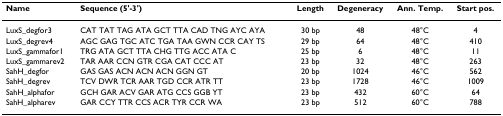
| Name | Sequence (5'-3') | Length | Degeneracy | Ann. Temp. | Start pos. |
 | --- | --- | --- | --- | --- | --- |
 | LuxS_degfor3 | CAT TAT TAG ATA GCT TTA CAD TNG AYC AYA | 30 bp | 48 | 48°C | 4 |
 | LuxS_degrev4 | AGC GAG TGC ATC TGA TAA GWN CCR CAY TS | 29 bp | 64 | 48°C | 410 |
 | LuxS_gammafor1 | TRG ATA GCT TTA CHG TTG ACC ATA C | 25 bp | 6 | 48°C | 11 |
 | LuxS_gammarev2 | TAR AAR CCN GTR CGA CAT CCC AT | 23 bp | 32 | 48°C | 263 |
 | SahH_degfor | GAS GAS ACN ACN ACN GGN GT | 20 bp | 1024 | 46°C | 562 |
 | SahH_degrev | TCV DWR TCR AAR TGD CCR ATR TT | 23 bp | 1728 | 46°C | 1009 |
 | SahH_alphafor | GCH GAR ACV GAR ATG CCS GGB YT | 23 bp | 432 | 60°C | 64 |
 | SahH_alpharev | GAR CCY TTR CCS ACR TYR CCR WA | 23 bp | 512 | 60°C | 788 |